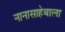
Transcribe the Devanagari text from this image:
नानासाहेबाला